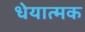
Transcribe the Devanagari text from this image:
धेयात्मक